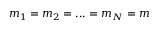
m _ { 1 } = m _ { 2 } = . . . = m _ { N } = m